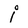
Character: i